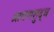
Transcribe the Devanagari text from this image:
श्रावणशुद्ध